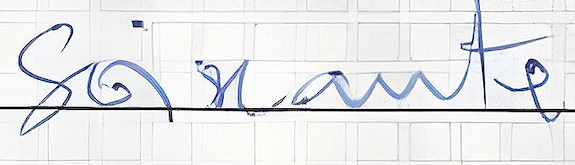
Soixante